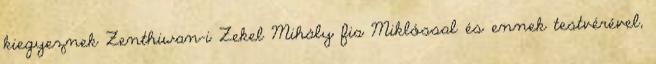
kiegyeznek Zenthiwan-i Zekel Mihály fia Miklóssal és ennek testvérével,